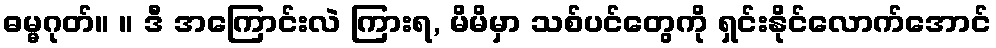
ဓမ္မဂုတ်။ ။ ဒီ အကြောင်းလဲ ကြားရ, မိမိမှာ သစ်ပင်တွေကို ရှင်းနိုင်လောက်အောင်